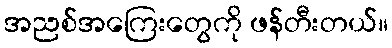
အညစ်အကြေးတွေကို ဖန်တီးတယ်။